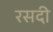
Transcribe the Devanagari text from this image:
रसदी